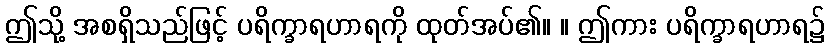
ဤသို့ အစရှိသည်ဖြင့် ပရိက္ခာရဟာရကို ထုတ်အပ်၏။ ။ ဤကား ပရိက္ခာရဟာရ၌